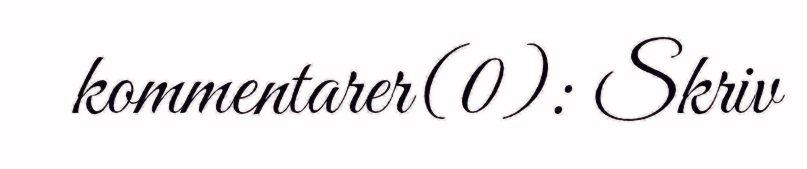
kommentarer(0): Skriv